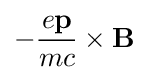
-{\frac {e\mathbf {p} }{mc}}\times \mathbf {B}